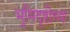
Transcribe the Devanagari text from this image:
भूमिदृष्टीच्या